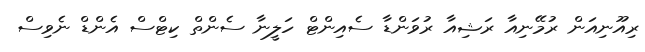
ރިއޫނިއަން ރުމޭނިއާ ރަޝިއާ ރުވަންޑާ ސެއިންޓް ހަލީނާ ސެންތް ކިޓްސް އެންޑް ނެވިސް